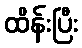
ထိန်းပြီး